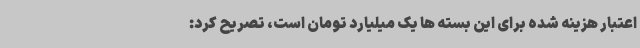
اعتبار هزینه شده برای این بسته ها یک میلیارد تومان است، تصریح کرد: